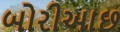
બોરીઆછ